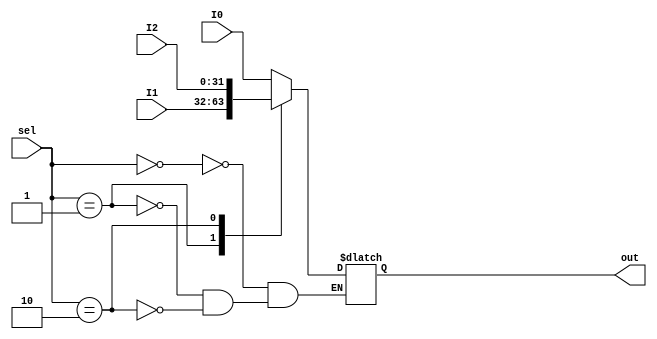
module MUXForwarding(
    input [31:0] I0,
    input [31:0] I1,
    input [31:0] I2,
    input [1:0] sel,

    output reg [31:0] out
);

always @(*) begin 
    case(sel) 
        2'b00: out <= I0;
        2'b01: out <= I1;
        2'b10: out <= I2;
    endcase
end
endmodule